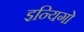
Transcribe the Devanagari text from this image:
इन्यिगो